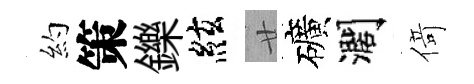
約策鑠絃廿礦濶𠋣